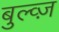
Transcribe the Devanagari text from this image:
बुल्व्ज़